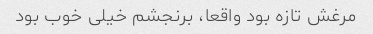
مرغش تازه بود واقعا، برنجشم خیلی خوب بود